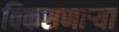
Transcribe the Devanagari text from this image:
विकसणाऱ्या